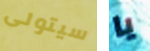
سيتولى يا